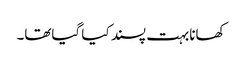
کھانابہت پسند کیا گیاتھا۔